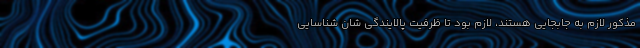
مذکور لازم به جابجایی هستند، لازم بود تا ظرفیت پالایندگی شان شناسایی